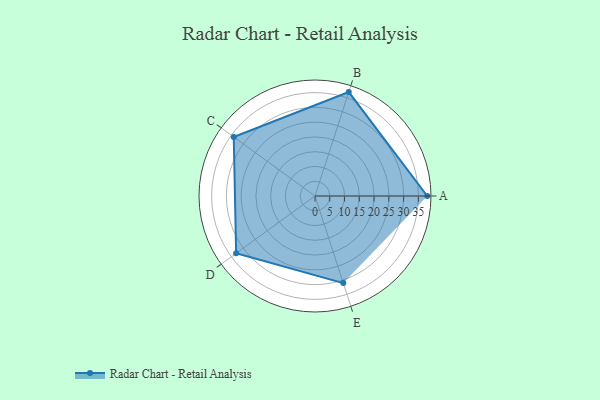
{"axis": {"x": "Skill", "y": "Score"}, "legend": ["Profile"], "data": [{"x": "A", "y": 38.0, "type": "Profile"}, {"x": "B", "y": 37.0, "type": "Profile"}, {"x": "C", "y": 34.0, "type": "Profile"}, {"x": "D", "y": 33.0, "type": "Profile"}, {"x": "E", "y": 31.0, "type": "Profile"}]}